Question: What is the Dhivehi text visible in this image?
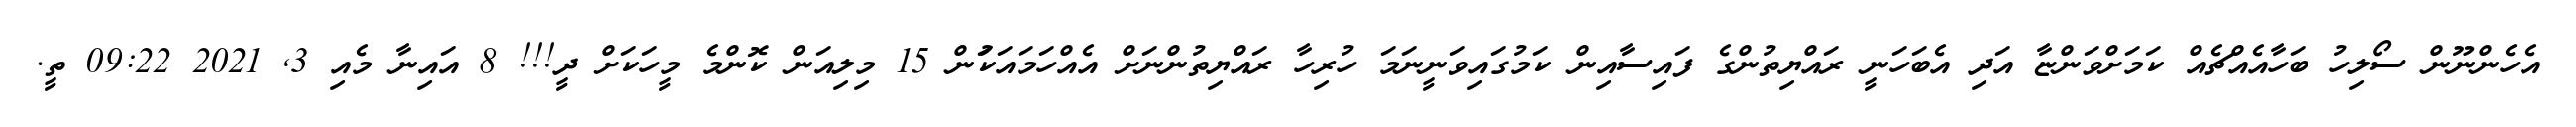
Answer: އެހެންނޫން ސޯލިހު ބަހާއެއްޗެއް ކަމަށްވަންޏާ އަދި އެބަހަނީ ރައްޔިތުންގެ ފައިސާއިން ކަމުގައިވަނީނަމަ ހުރިހާ ރައްޔިތުންނަށް އެއްހަމައަކަުން 15 މިލިއަން ކޮންމެ މީހަކަށް ދީ!!! 8 އައިނާ މެއި 3, 2021 09:22 ތީ.